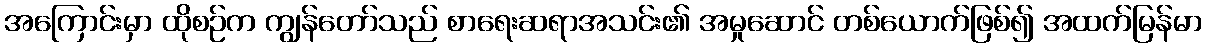
အကြောင်းမှာ ထိုစဉ်က ကျွန်တော်သည် စာရေးဆရာအသင်း၏ အမှုဆောင် တစ်ယောက်ဖြစ်၍ အထက်မြန်မာ